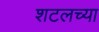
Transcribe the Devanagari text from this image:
शटलच्या